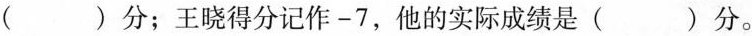
是()分；王晓得分记作-7，他的实际成绩是( )分。